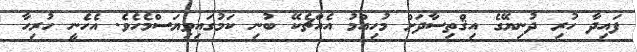
ފައިދާ ހުރި ދުނިޔޭގެ އިޤްތިސާދަށް މުހިއްމު އެއްޗެކޭ ބުނި ކަމުގައިވިޔަސްމެހެވެ. އެހެނީ ހުރިހާ